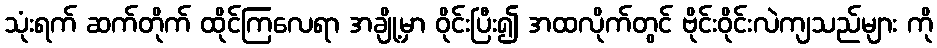
သုံးရက် ဆက်တိုက် ထိုင်ကြလေရာ အချို့မှာ ဝိုင်းပြီး၍ အထလိုက်တွင် ဗိုင်းဝိုင်းလဲကျသည်များ ကို